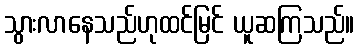
သွားလာနေသည်ဟုထင်မြင် ယူဆကြသည်။